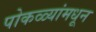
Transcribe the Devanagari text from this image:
पोकळ्यांमधून